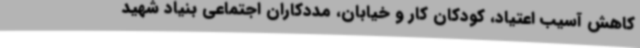
کاهش آسیب اعتیاد، کودکان کار و خیابان، مددکاران اجتماعی بنیاد شهید